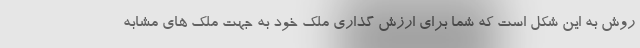
روش به این شکل است که شما برای ارزش گذاری ملک خود به جهت ملک های مشابه